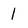
Character: 1